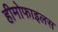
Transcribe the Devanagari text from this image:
हीमोफाइलस